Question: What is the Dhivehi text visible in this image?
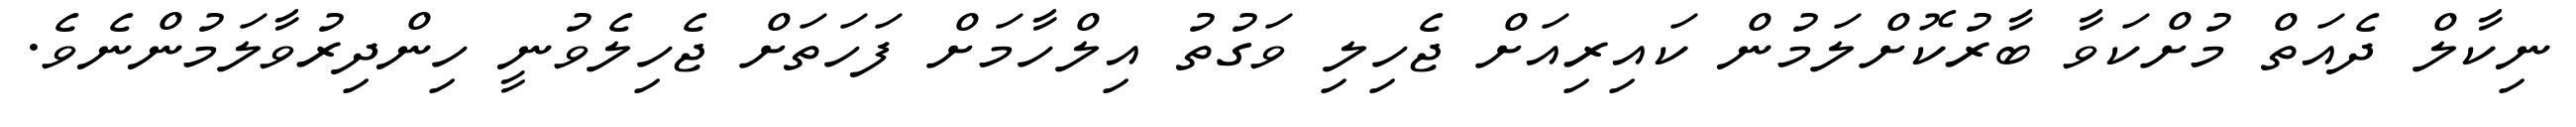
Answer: ނިކާލް ދެއަތް މުށްކަވާ ބާރުކޮށްލަމުން ކައިރިއަށް ޖެހިލި ވަގުތު އިލްހާމަށް ފަހަތަށް ޖެހިލެވުނީ ހިންދިރުވާލަމުންނެވެ.